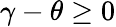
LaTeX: \gamma-\theta\geq 0